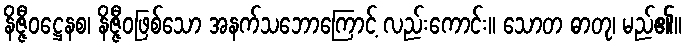
နိဇ္ဇီဝဋ္ဌေနစ၊ နိဇ္ဇီဝဖြစ်သော အနက်သဘောကြောင့် လည်းကောင်း။ သောတ ဓာတု၊ မည်၏။